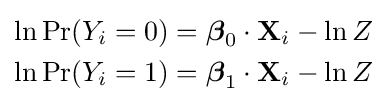
{\begin{aligned}\ln \Pr(Y_{i}=0)&={\boldsymbol {\beta }}_{0}\cdot \mathbf {X} _{i}-\ln Z\\\ln \Pr(Y_{i}=1)&={\boldsymbol {\beta }}_{1}\cdot \mathbf {X} _{i}-\ln Z\end{aligned}}